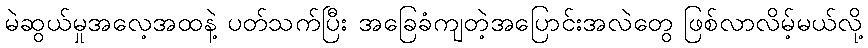
မဲဆွယ်မှုအလေ့အထနဲ့ ပတ်သက်ပြီး အခြေခံကျတဲ့အပြောင်းအလဲတွေ ဖြစ်လာလိမ့်မယ်လို့